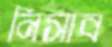
নিসাব